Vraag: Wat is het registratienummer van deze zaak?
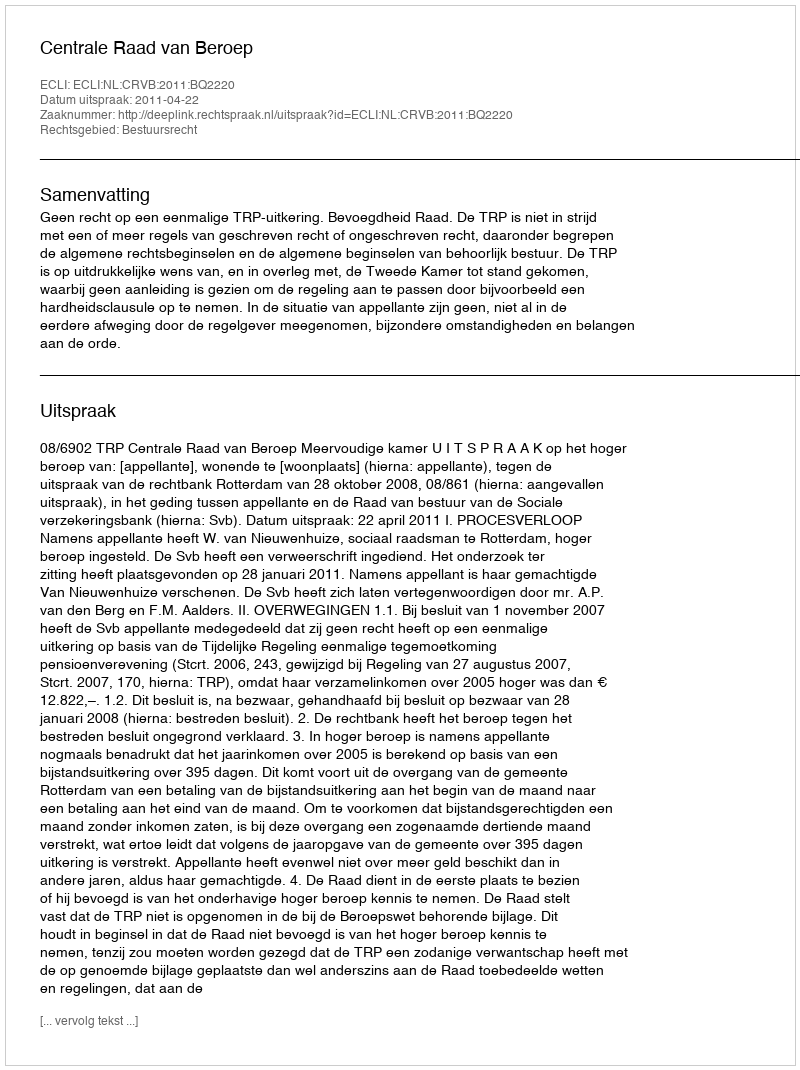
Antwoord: http://deeplink.rechtspraak.nl/uitspraak?id=ECLI:NL:CRVB:2011:BQ2220